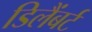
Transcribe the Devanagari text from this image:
डिलैंबर्ट